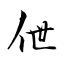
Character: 伳